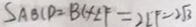
S _ { A B C P } = B C + E F = 2 L F = 2 \sqrt { 3 }